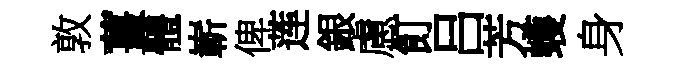
敦薑體嶄俾莲銀慮飣吕芳蠖身